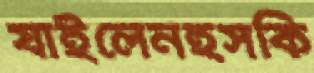
যাইলেনহসকি